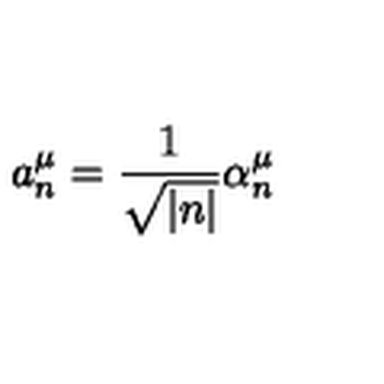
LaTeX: a _ { n } ^ { \mu } = \frac { 1 } { \sqrt { | n | } } \alpha _ { n } ^ { \mu }